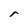
Character: r